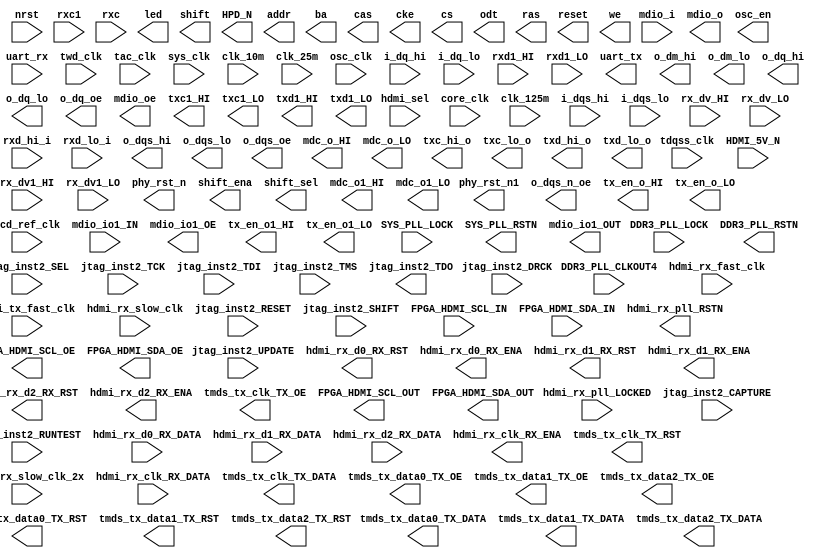

// Efinity Top-level template
// Version: 2023.1.150.5.11

// Copyright (C) 2017 - 2023 Efinix Inc. All rights reserved.

// This file may be used as a starting point for Efinity synthesis top-level target.
// The port list here matches what is expected by Efinity constraint files generated
// by the Efinity Interface Designer.

// To use this:
//     #1)  Save this file with a different name to a different directory, where source files are kept.
//              Example: you may wish to save as F:\Project\yls\Project5\simplify_full_led_fill++_vs1\DDR3_MC.v
//     #2)  Add the newly saved file into Efinity project as design file
//     #3)  Edit the top level entity in Efinity project to:  DDR3_MC
//     #4)  Insert design content.


module DDR3_MC
(
  input hdmi_sel,
  input nrst,
  input uart_rx,
  input DDR3_PLL_CLKOUT4,
  input DDR3_PLL_LOCK,
  input SYS_PLL_LOCK,
  input hdmi_rx_pll_LOCKED,
  input twd_clk,
  input tac_clk,
  input tdqss_clk,
  input core_clk,
  input rxc1,
  input rxc,
  input sys_clk,
  input clk_10m,
  input clk_25m,
  input hdmi_rx_fast_clk,
  input hdmi_rx_slow_clk_2x,
  input hdmi_tx_fast_clk,
  input hdmi_rx_slow_clk,
  input lcd_ref_clk,
  input osc_clk,
  input clk_125m,
  input jtag_inst2_CAPTURE,
  input jtag_inst2_DRCK,
  input jtag_inst2_RESET,
  input jtag_inst2_RUNTEST,
  input jtag_inst2_SEL,
  input jtag_inst2_SHIFT,
  input jtag_inst2_TCK,
  input jtag_inst2_TDI,
  input jtag_inst2_TMS,
  input jtag_inst2_UPDATE,
  input hdmi_rx_clk_RX_DATA,
  input [9:0] hdmi_rx_d0_RX_DATA,
  input [9:0] hdmi_rx_d1_RX_DATA,
  input [9:0] hdmi_rx_d2_RX_DATA,
  input FPGA_HDMI_SCL_IN,
  input FPGA_HDMI_SDA_IN,
  input HDMI_5V_N,
  input [15:0] i_dq_hi,
  input [15:0] i_dq_lo,
  input [1:0] i_dqs_hi,
  input [1:0] i_dqs_lo,
  input mdio_i,
  input mdio_io1_IN,
  input rx_dv_HI,
  input rx_dv_LO,
  input rx_dv1_HI,
  input rx_dv1_LO,
  input [3:0] rxd1_HI,
  input [3:0] rxd1_LO,
  input [3:0] rxd_hi_i,
  input [3:0] rxd_lo_i,
  output [3:0] led,
  output phy_rst_n,
  output phy_rst_n1,
  output uart_tx,
  output DDR3_PLL_RSTN,
  output [2:0] shift,
  output shift_ena,
  output [4:0] shift_sel,
  output SYS_PLL_RSTN,
  output hdmi_rx_pll_RSTN,
  output jtag_inst2_TDO,
  output hdmi_rx_clk_RX_ENA,
  output hdmi_rx_d0_RX_RST,
  output hdmi_rx_d0_RX_ENA,
  output hdmi_rx_d1_RX_RST,
  output hdmi_rx_d1_RX_ENA,
  output hdmi_rx_d2_RX_RST,
  output hdmi_rx_d2_RX_ENA,
  output tmds_tx_clk_TX_OE,
  output [9:0] tmds_tx_clk_TX_DATA,
  output tmds_tx_clk_TX_RST,
  output tmds_tx_data0_TX_OE,
  output [9:0] tmds_tx_data0_TX_DATA,
  output tmds_tx_data0_TX_RST,
  output tmds_tx_data1_TX_OE,
  output [9:0] tmds_tx_data1_TX_DATA,
  output tmds_tx_data1_TX_RST,
  output tmds_tx_data2_TX_OE,
  output [9:0] tmds_tx_data2_TX_DATA,
  output tmds_tx_data2_TX_RST,
  output FPGA_HDMI_SCL_OUT,
  output FPGA_HDMI_SCL_OE,
  output FPGA_HDMI_SDA_OUT,
  output FPGA_HDMI_SDA_OE,
  output HPD_N,
  output [15:0] addr,
  output [2:0] ba,
  output cas,
  output cke,
  output cs,
  output [1:0] o_dm_hi,
  output [1:0] o_dm_lo,
  output [15:0] o_dq_hi,
  output [15:0] o_dq_lo,
  output [15:0] o_dq_oe,
  output [1:0] o_dqs_hi,
  output [1:0] o_dqs_lo,
  output [1:0] o_dqs_oe,
  output [1:0] o_dqs_n_oe,
  output mdc_o_HI,
  output mdc_o_LO,
  output mdc_o1_HI,
  output mdc_o1_LO,
  output mdio_o,
  output mdio_oe,
  output mdio_io1_OUT,
  output mdio_io1_OE,
  output odt,
  output ras,
  output reset,
  output tx_en_o_HI,
  output tx_en_o_LO,
  output tx_en_o1_HI,
  output tx_en_o1_LO,
  output txc_hi_o,
  output txc_lo_o,
  output txc1_HI,
  output txc1_LO,
  output [3:0] txd1_HI,
  output [3:0] txd1_LO,
  output [3:0] txd_hi_o,
  output [3:0] txd_lo_o,
  output we,
  output osc_en
);


endmodule